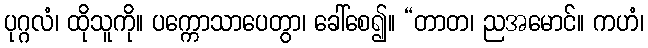
ပုဂ္ဂလံ၊ ထိုသူကို။ ပက္ကောသာပေတွာ၊ ခေါ်စေ၍။ “တာတ၊ ညအမောင်။ ကဟံ၊